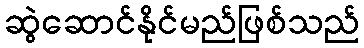
ဆွဲဆောင်နိုင်မည်ဖြစ်သည်